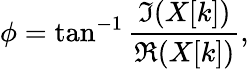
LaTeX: \phi=\tan^{-1}{\frac{\Im(X[k])}{\Re(X[k])}},